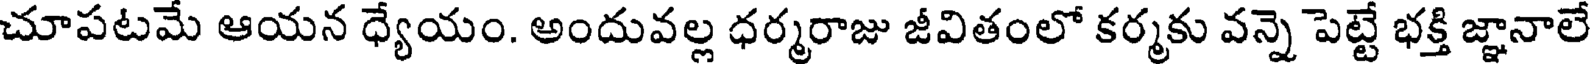
చూపటమే ఆయన ధ్యేయం. అందువల్ల ధర్మరాజు జీవితంలో కర్మకు వన్నె పెట్టే భక్తి జ్ఞానాలే